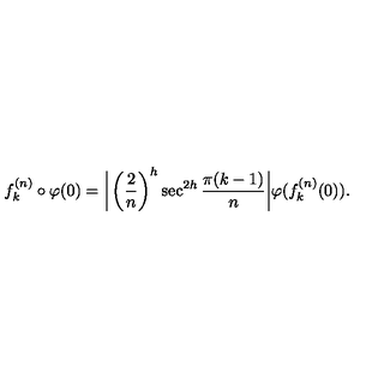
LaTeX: f _ { k } ^ { ( n ) } \circ \varphi ( 0 ) = \bigg | \left( \frac { 2 } { n } \right) ^ { h } \sec ^ { 2 h } \frac { \pi ( k - 1 ) } { n } \bigg | \varphi ( f _ { k } ^ { ( n ) } ( 0 ) ) .